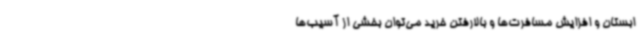
ابستان و افزایش مسافرت‌ها و بالارفتن خرید می‌توان بخشی از آسیب‌ها